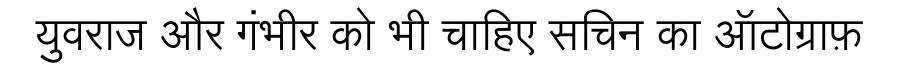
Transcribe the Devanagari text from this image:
युवराज और गंभीर को भी चाहिए सचिन का ऑटोग्राफ़